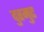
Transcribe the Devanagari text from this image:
दुरमुट